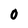
Character: O